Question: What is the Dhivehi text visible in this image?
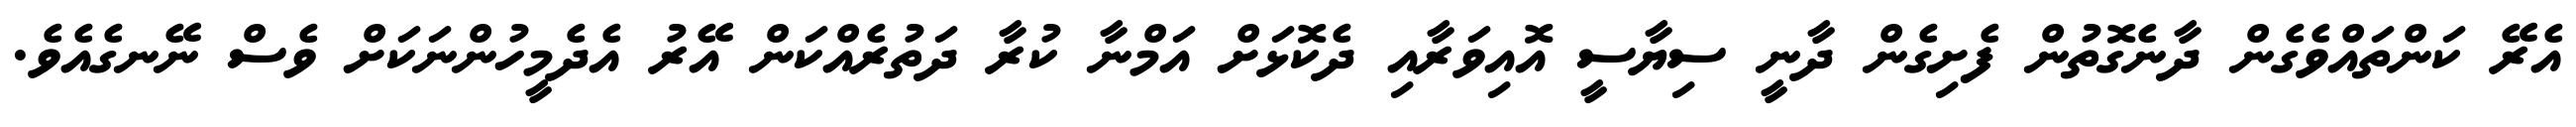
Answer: އެރޭ ކަންތައްވެގެން ދާނެގޮތުން ފެށިގެން ދާނީ ސިޔާސީ އޮއިވަރާއި ދެކޮޅަށް އަމްނާ ކުރާ ދަތުރެއްކަން އޭރު އެދެމީހުންނަކަށް ވެސް ނޭނގެއެވެ.